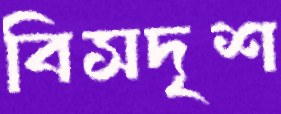
বিসদৃশ